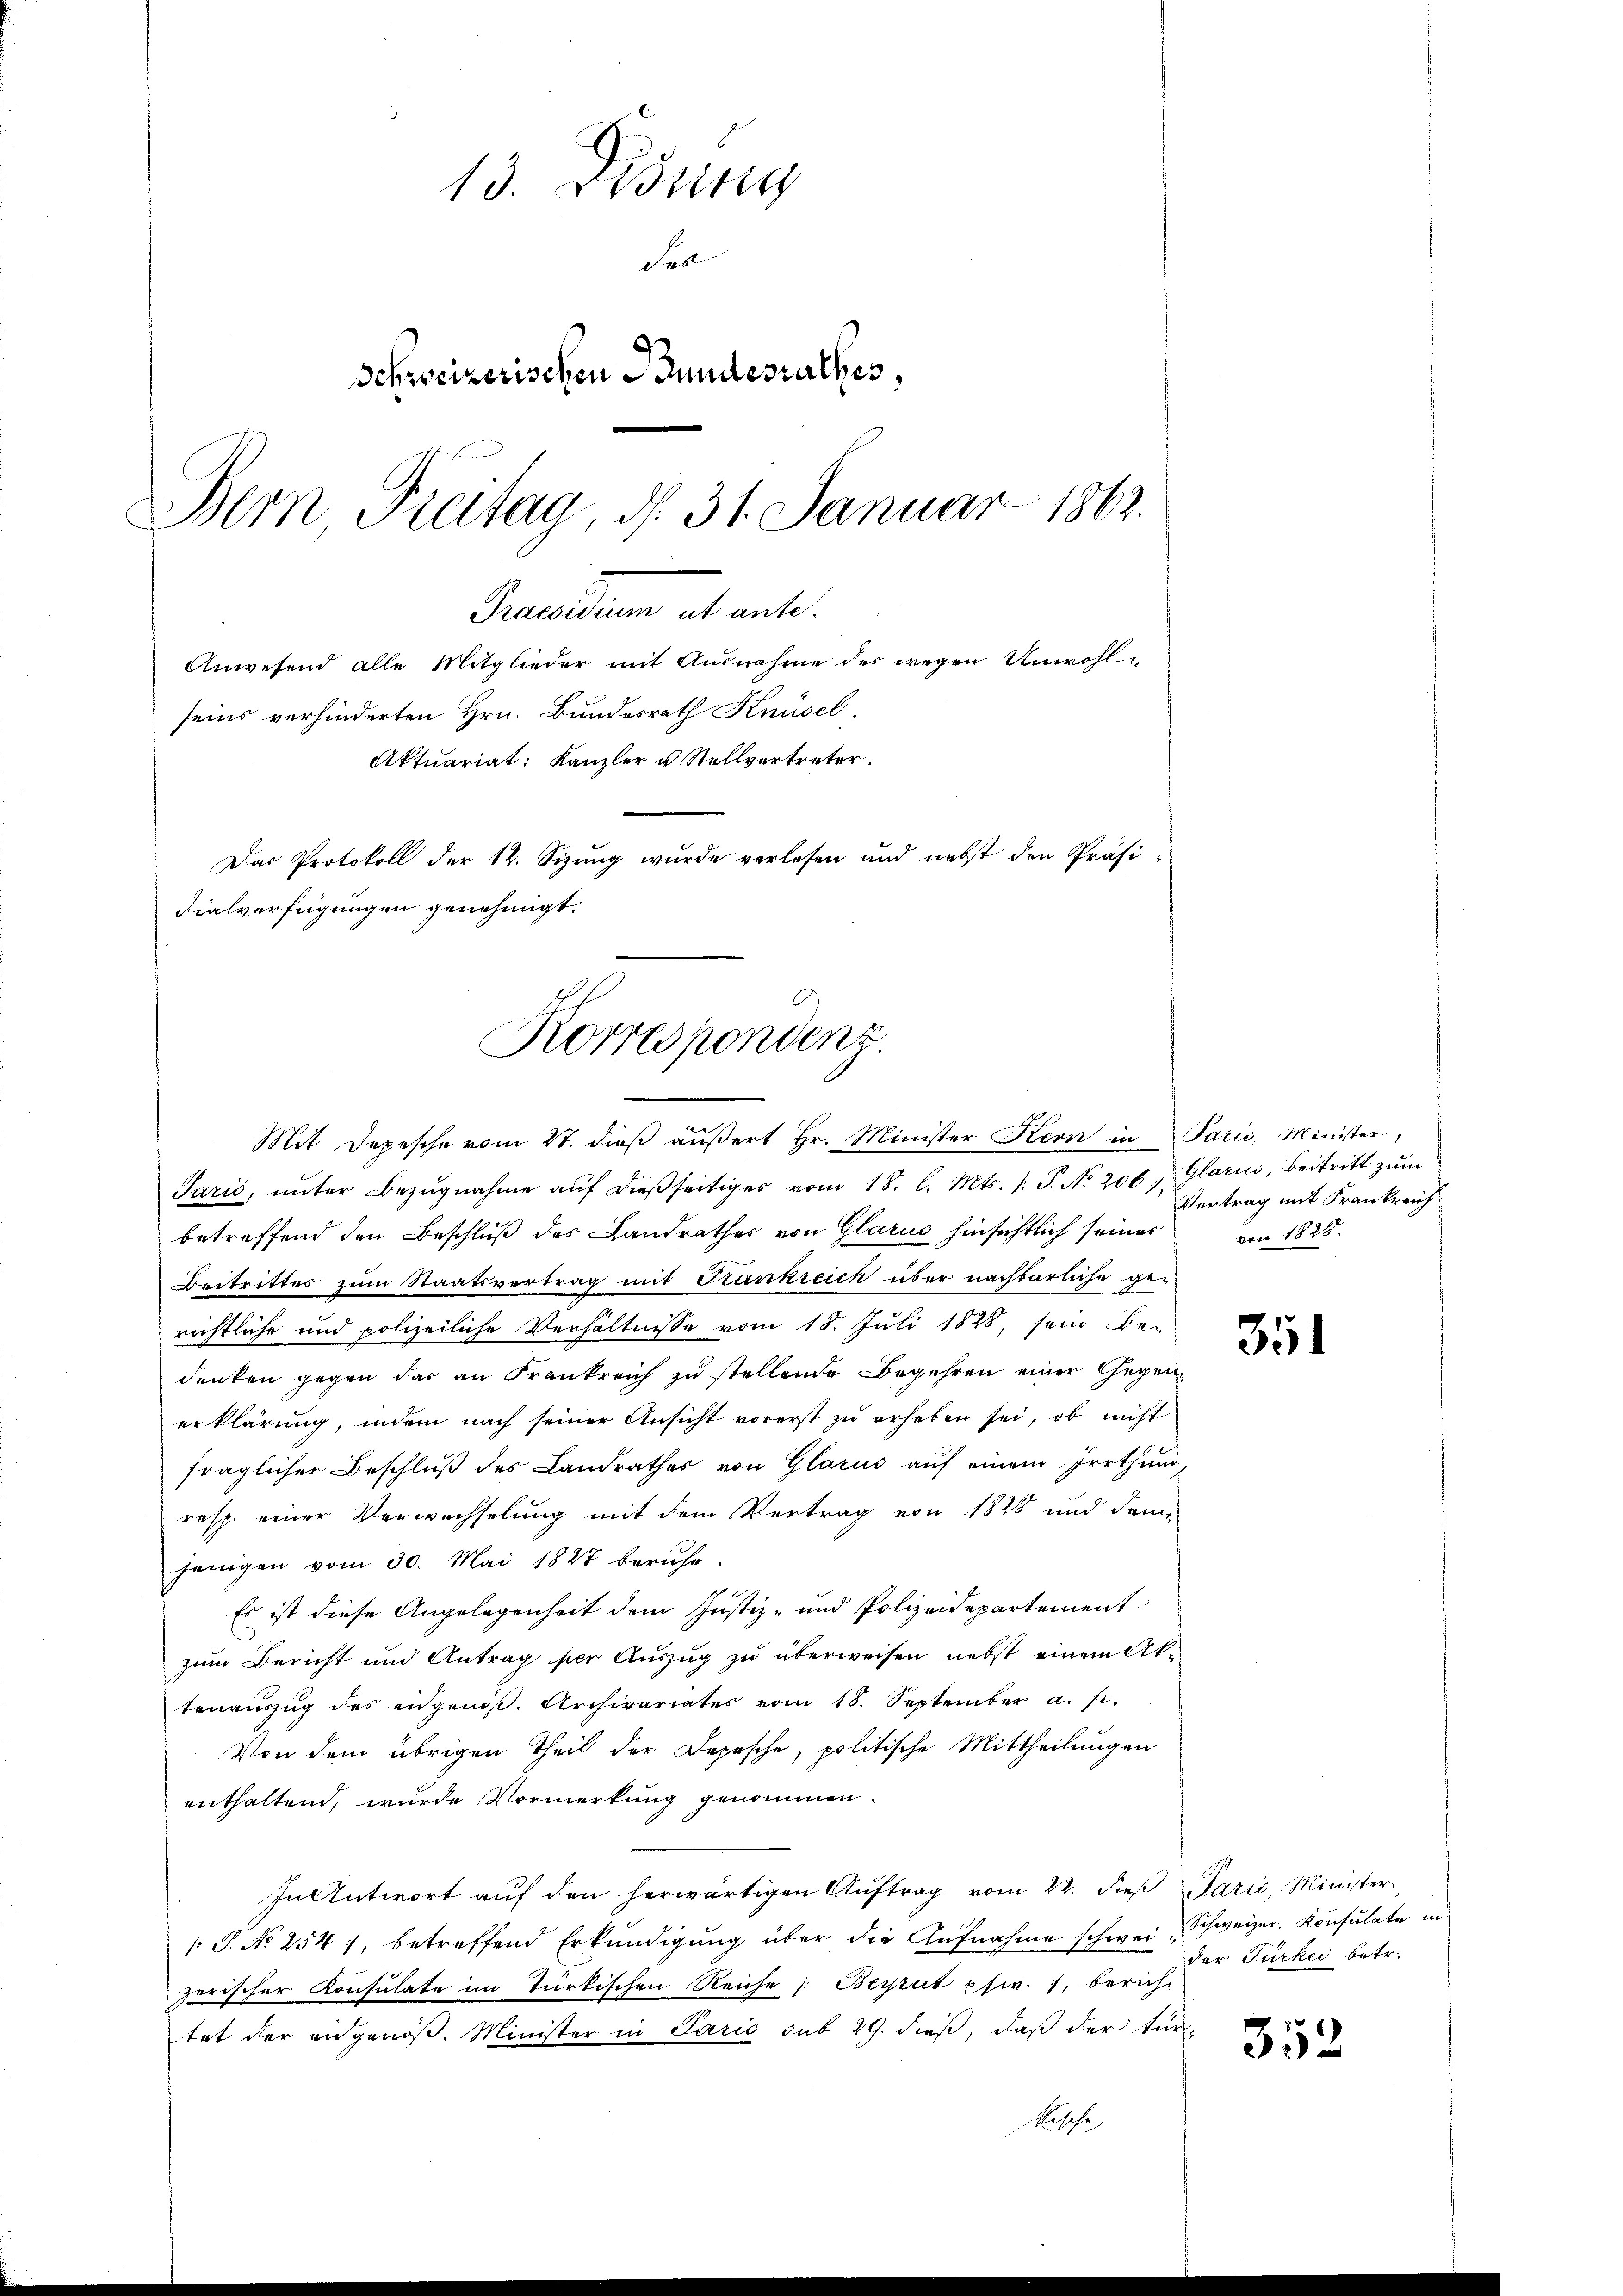
13. Bring
Fesl
Schweizerischen Bundesrathes,
Bern Freitag, d. 31. Januar 1863.

Praesidium et ente.
Anwesend alle Mitglieder mit Ausnahme des wegen Unwohlseins verhinderten Hrn. Bundesrath Knüsel,
Aktuariat: Kanzler u Stellvertreter.
Das Protokoll der 12. Sizung wurde verlesen und nebst den Präsidialverfügungen genehmigt.

Korrespondenz.
Mit Depesche vom 21. dieβ aŭβert Hr. Minister Kern in Paris, Minister,

Jarić, ŭnter Bezŭgnahme aŭf dieβseitiges vom 18. l. Mts. s. S. No 206, Glarus, Beitritt zŭm
betreffend den Beschluß des Landrathes von Glarus hinsichtlich seiner von 1828.
Beitrittes zum Staatsvertrag mit Frankreich über nachbarliche gerichtliche und polizeiliche Verhältnisse vom 18. Juli 1848, sein Be-
denken gegen das an Frankreich zu stellende Begehren einer Gegen
erklärung, indem nach seiner Ansicht vorerst zŭ erheben sei, ob nicht
fraglicher Beschluß des Landrathes von Glarus auf einem Irrthum
resp. einer Verwechselung mit dem Vertrag von 1828 und den
jenigen vom 30. Mai 1827 beruhe.
Es ist diese Angelegenheit dem Justiz- und Polizeidepartement
zum Bericht und Antrag per Aŭszŭg zŭ überweisen nebst einem Ak-
tenaŭszŭg des eidgenöβ. Archivariates vom 18. September a. p.
Von dem übrigen Theil der Dopische, politische Mittheilungen
enthaltend, wurde Vormerkung genommen.
In Antwort aŭf den herwärtigen Aŭftrag vom 22. dieβ Paris, Minister¬
/S. No 254 1, betreffend Erkundigung über die Aufnahme schwei Schweizer. Konsulate in
zerischer Konsulate im Türkischen Reiche Berput pfw. 1, berich-
tet der angenöß. Minister in Paris sub 29. dieß, daß der tür-
Rische

Vertrag mit Frankreich

351

der Türkei betr.

352